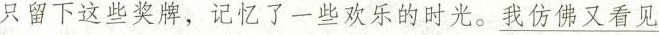
只留下这些奖牌，记忆了一些欢乐的时光。\underline{ 我仿佛又看见}